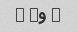
� و� �